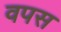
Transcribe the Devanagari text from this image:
वपस